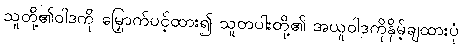
သူတို့၏ဝါဒကို မြှောက်ပင့်ထား၍ သူတပါးတို့၏ အယူဝါဒကိုနှိမ့်ချထားပုံ